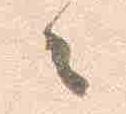
々